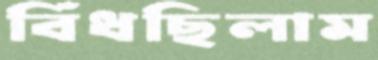
বিঁধছিলাম